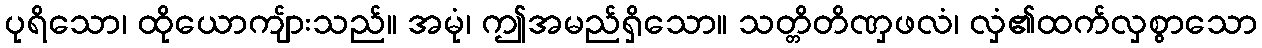
ပုရိသော၊ ထိုယောကျ်ားသည်။ အမုံ၊ ဤအမည်ရှိသော။ သတ္တိတိဏှဖလံ၊ လှံ၏ထက်လှစွာသော